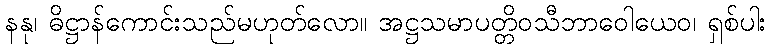
နနု၊ ဓိဋ္ဌာန်ကောင်းသည်မဟုတ်လော။ အဋ္ဌသမာပတ္တိဝသီဘာဝေါယေဝ၊ ရှစ်ပါး